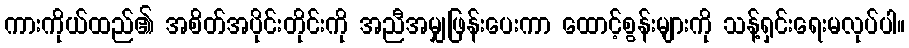
ကားကိုယ်ထည်၏ အစိတ်အပိုင်းတိုင်းကို အညီအမျှဖြန်းပေးကာ ထောင့်စွန်းများကို သန့်ရှင်းရေးမလုပ်ပါ။